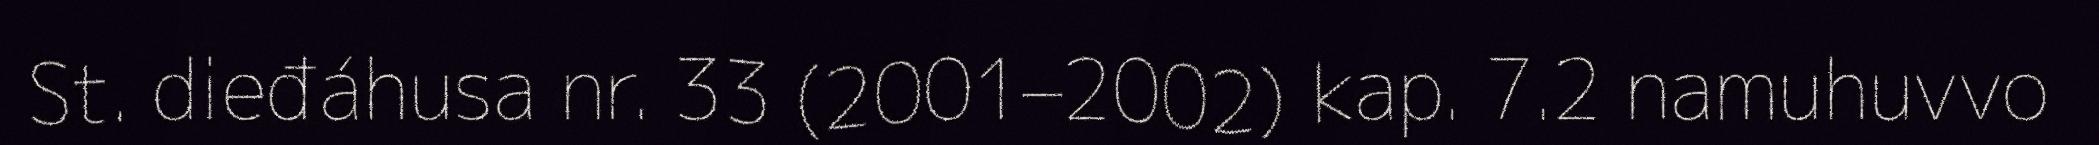
St. dieđáhusa nr. 33 (2001–2002) kap. 7.2 namuhuvvo